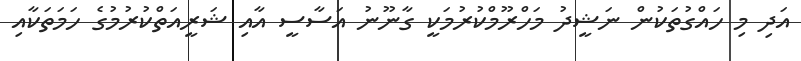
އަދި މި ހައްގުތަކުން ނަޝީދު މަހްރޫމްކުރުމަކީ ގާނޫނު އަސާސީ އާއި ޝަރީއަތްކުރުމުގެ ހަމަތަކާއި